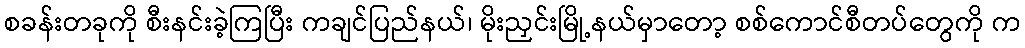
စခန်းတခုကို စီးနင်းခဲ့ကြပြီး ကချင်ပြည်နယ်၊ မိုးညှင်းမြို့နယ်မှာတော့ စစ်ကောင်စီတပ်တွေကို က